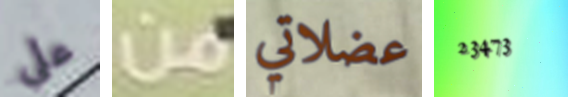
على من عضلاتي 23473